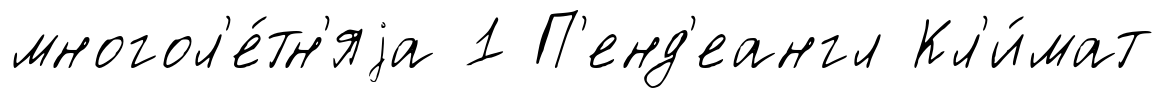
многол'е́тн'яjа 1 П'енд'еангл Кл'и́мат